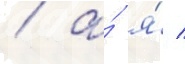
/ а́ я́ /